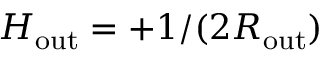
H _ { \mathrm { o u t } } = + 1 / ( 2 R _ { \mathrm { o u t } } )